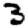
Digit: 3